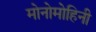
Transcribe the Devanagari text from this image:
मोनोमोहिनी